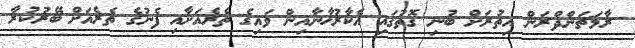
ރާމަޗަންދްރަން އިތުރަށް ބުނި ގޮތުގައި އެކާރުޚާނާއިން ވައިގެ ތެރެއަށާއި ފެނުގެ ތެރެއަށް ބޭރުކުރާ